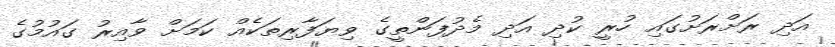
އަދި ރަށްރަށުގައި ހުރީ ކުދި އަދި މެދުފަންތީގެ ވިޔަފާރިތަކެއް ކަމަށް ވާއިރު ގައުމުގެ